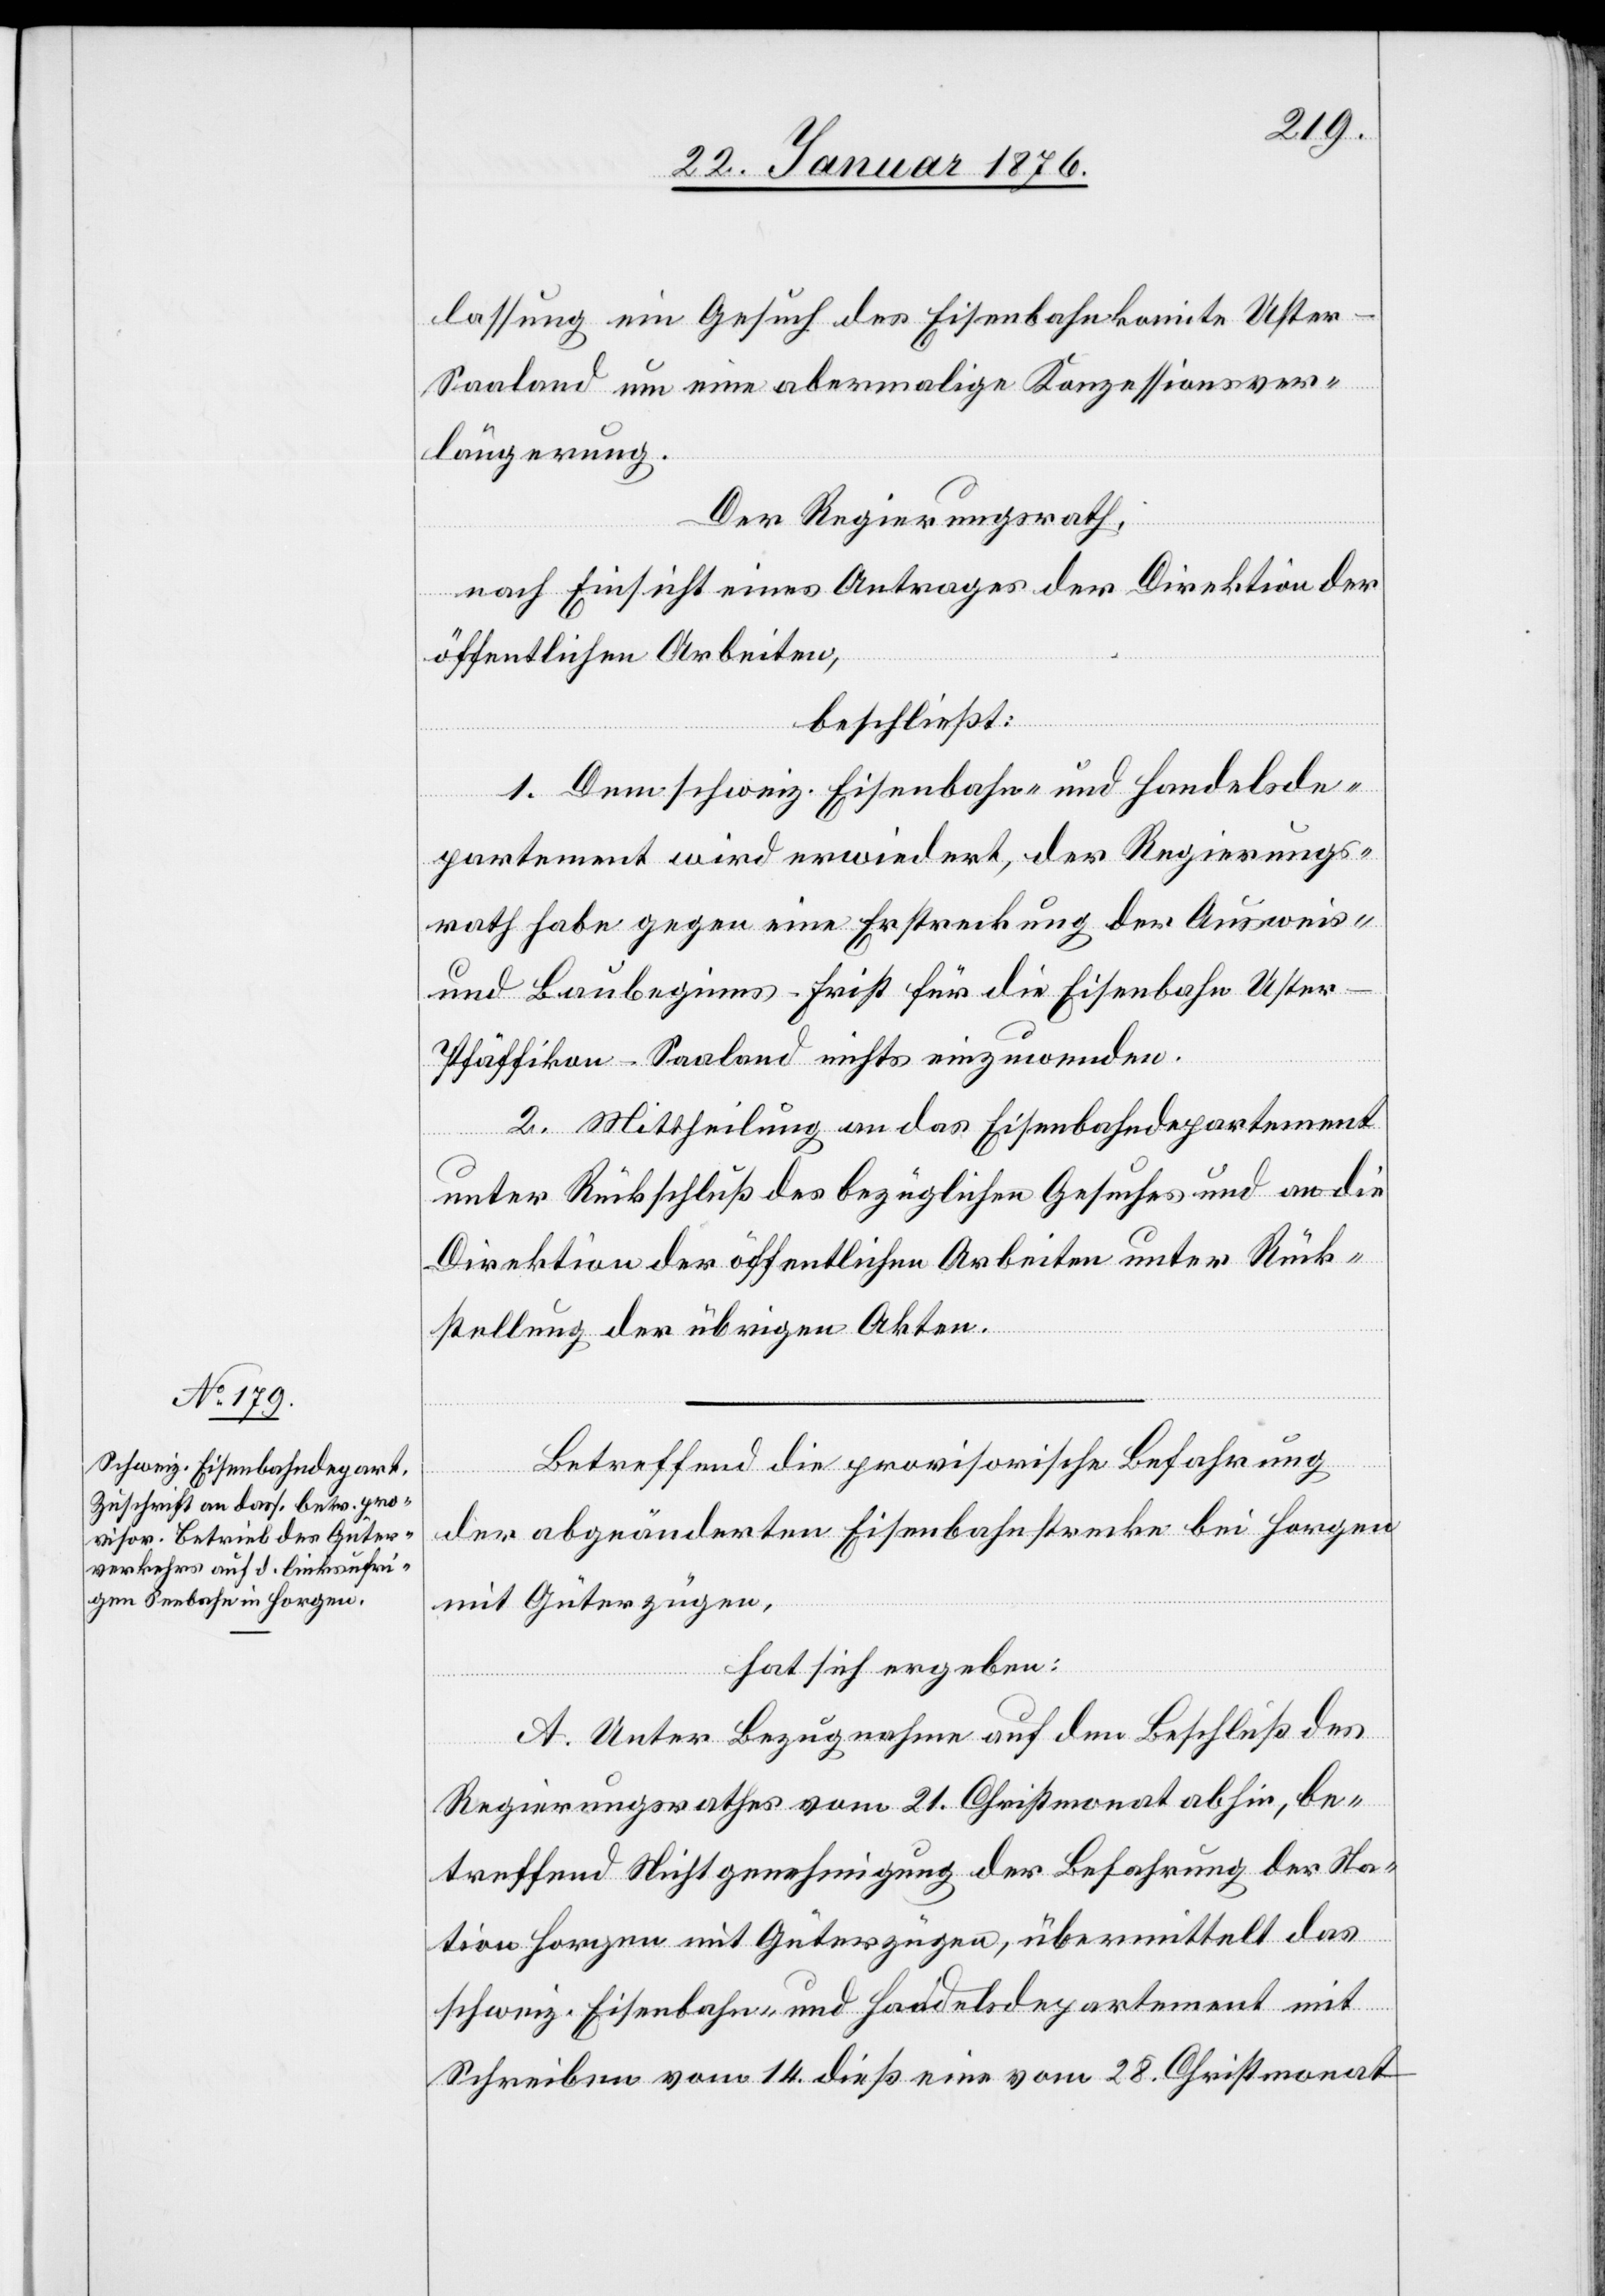
lassung ein Gesuch des Eisenbahnkomite Uste¬
r-Saaland um eine abermalige Konzessionsver¬
längerung.
Der Regierungsrath,
nach Einsicht eines Antrages der Direktion der
öffentlichen Arbeiten,
beschließt:
1. Dem schweiz. Eisenbahn- und Handelsde¬
partement wird erwiedert, der Regierungs¬
rath habe gegen eine Erstreckung der Ausweis-
und Baubeginns-Frist für die Eisenbahn Uste¬
r-Pfäffikon-Saaland nichts einzuwenden.
2. Mittheilung an das Eisenbahndepartement
unter Rückschluß des bezüglichen Gesuches und an die
Direktion der öffentlichen Arbeiten unter Rück¬
stellung der übrigen Akten.
Betreffend die provisorische Befahrung
der abgeänderten Eisenbahnstrecke bei Horgen
mit Güterzügen,
hat sich ergeben:
A. Unter Bezugnahme auf den Beschluß des
Regierungsrathes vom 21. Christmonat abhin, be¬
treffend Nichtgenehmigung der Befahrung der Sta¬
tion Horgen mit Güterzügen, übermittelt das
schweiz. Eisenbahn- und Handelsdepartement mit
Schreiben vom 14. dieß eine vom 28. Christmonat